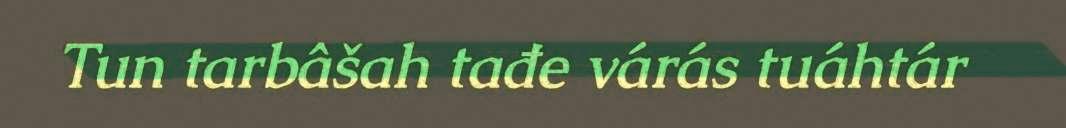
Tun tarbâšah tađe várás tuáhtár